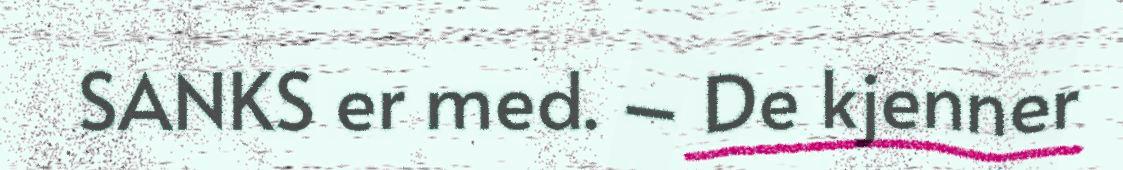
SANKS er med. – De kjenner